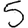
Digit: 5